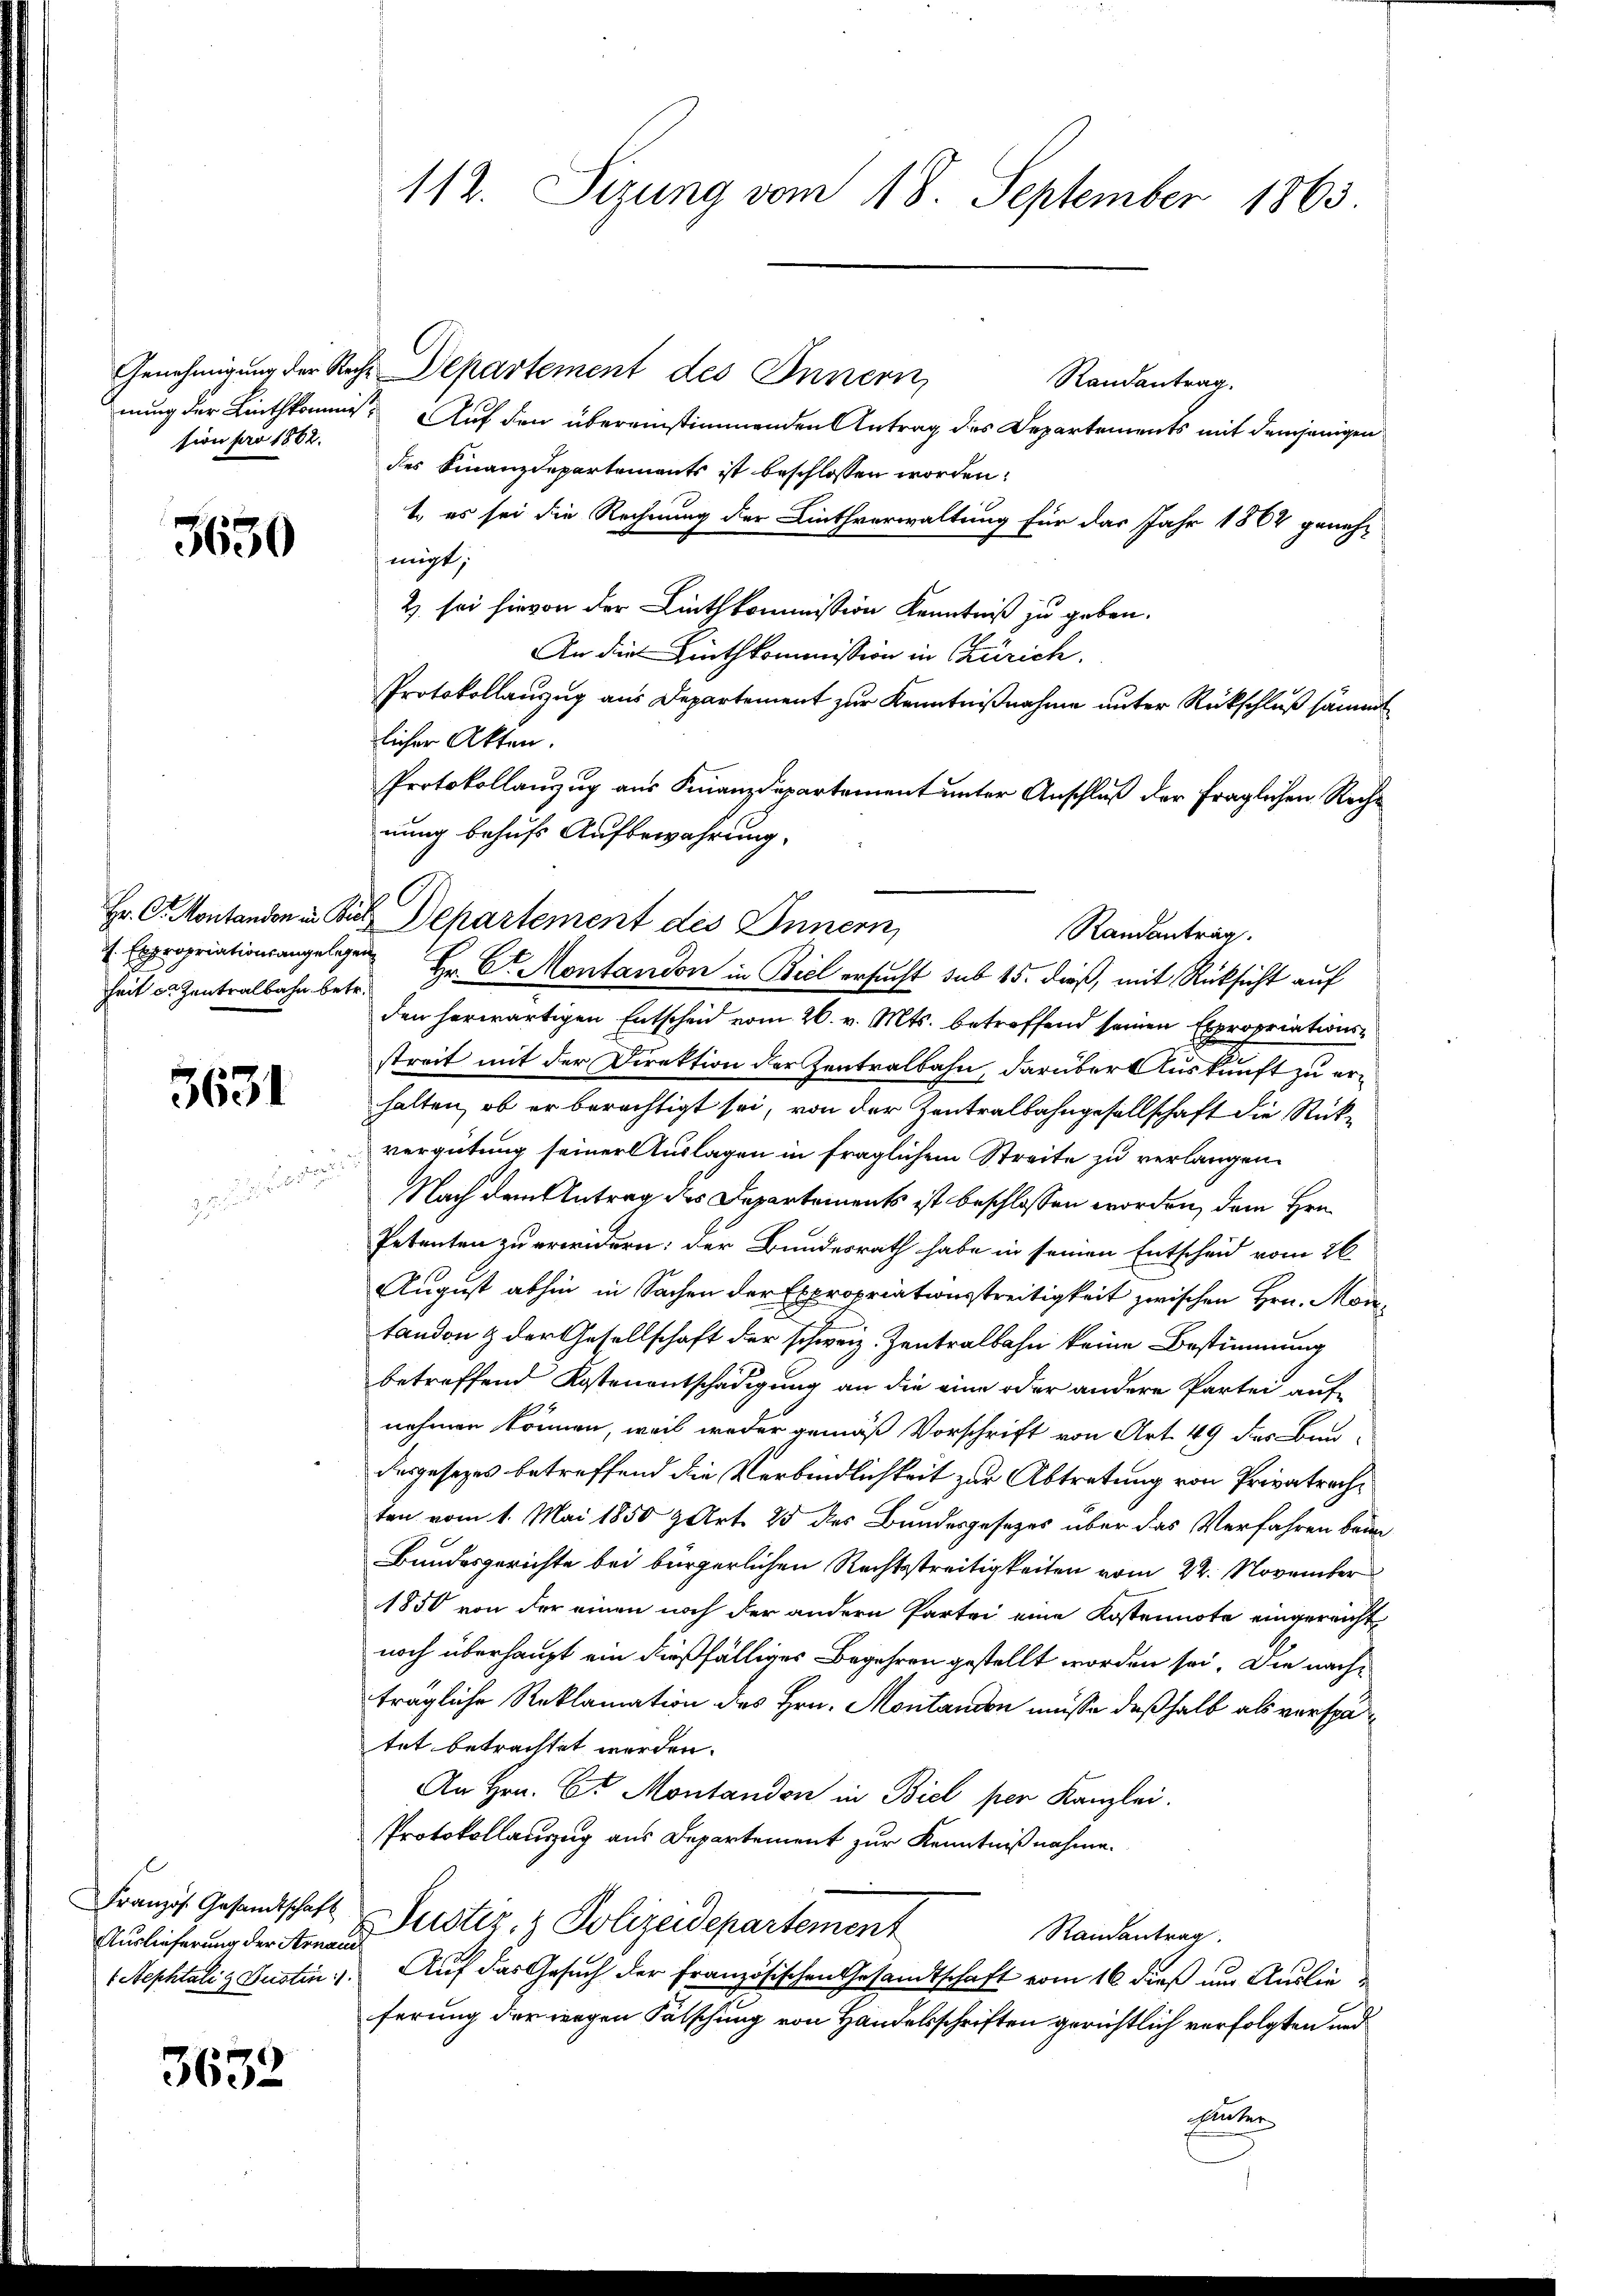
sion pro 1862.

3650

heit u. Zentralbahn betr.

3631

Französ. Gesandtschaft
Auslieferung der Arnau
1 Nephtalig Gustin:/

3632

2

112. Sizung vom 18. September 1863.

Genehmigung der Reche Departement des Innern,
Randantrag.
nung der Linthkomme. Auf den übereinstimmenden Antrag des Departements mit demjenigen
des Finanzdepartements ist beschlossen worden.
1., es sei die Rechnung der Linthverwaltung für das Jahr 1862 genehmigt;
2 sei hievon der Linthkommission Kenntniß zu geben.
An die Linthkommission in Zürich.
Protokollauzug aus Departement zur Kenntnißnahme unter Rückschluß sämmt
licher Akten.
Protokollanzug aus Finanzdepartement unter Anschluß der fraglichen Recht
nung behufs Aufbewahrung.
Hr. Dr. Montanden in Biel Departement des Innern,
 Expropriationsangelegen Hr. Dr. Montandon in Biel ersucht sub 15. dieß, mit Rücksicht auf
den herwärtigen Entscheid vom 26. v. Mts. betreffend seinen Expropriationsstreit mit der Direktion der Zentralbahn, darüber Auskunft zu erhalten, ob er berechtigt sei, von der Zentralbahngesellschaft die Rückvergütung seiner Auslagen in fraglichem Streite zu verlangen.
Nach dem Antrag des Departements ist beschlossen worden, dem Hrn.
Petenten zu erwidern; der Bundesrath habe in seinen Entscheid vom 26.
August abhin in Sachen der Expropriationsstreitigkeit zwischen Hrn. Montanden & der Gesellschaft der schweiz. Zentralbahn keine Bestimmung
betreffend Kostenentschädigung an die eine oder andere Partei auf
nehmen können, weil weder gemäß Vorschrift von Art. 49 des Bau-
desgesezes betreffend die Verbindlichkeit zur Abtretung von Privatrechten vom 1. Mai 1850 g Art. 25 des Bundesgesezes über das Verfahren beim
Bundesgerichte bei bürgerlichen Rechtsstreitigkeiten vom 22. November
1850 von der einen noch der andern Partei eine Kostennote eingereicht
noch überhaupt ein dießfälliges Begehren gestellt worden sei. Die nachträgliche Reklamation des Hrn. Montanden müsse deßhalb als verspätet betrachtet werden.
An Hrn. Er Montanden in Biel per Kanzlei.
Protokollauszug aus Departement zur Kenntnißnahme.
Justiz- & Polizeidepartement
Randantrag.
Auf das Gesuch der französischen Gesandtschaft vom 16 dieß um Auslie
ferung der wegen Fälschung von Handelsschriften gerichtlich verfolgten und
Unter

Randantrag.